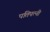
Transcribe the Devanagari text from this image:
पतिपत्‍नी